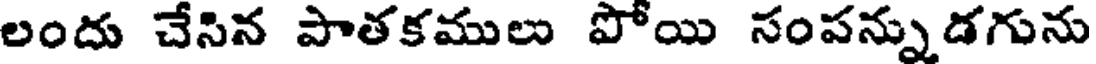
లందు చేసిన పాతకములు పోయి సంపన్నుడగును